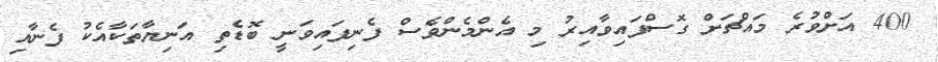
400 އަށްވުރެ މައްޗަށް ގޮސްފައިވާއިރު މި އެންމެންވެސް ފެނިފައިވަނީ ބޮޑެތި އަނިޔާތަކާއެކު ފެނާއި